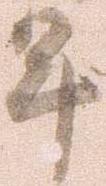
年